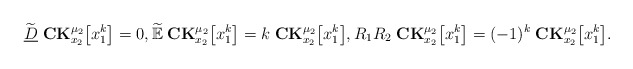
\begin{align*} \widetilde{\underline{D}}\;\mathbf{CK}_{x_2}^{\mu_2}\big[x_1^{k}\big]=0,\widetilde{\mathbb{E}}\;\mathbf{CK}_{x_2}^{\mu_2}\big[x_1^{k}\big]=k \;\mathbf{CK}_{x_2}^{\mu_2}\big[x_1^{k}\big],R_1R_2 \;\mathbf{CK}_{x_2}^{\mu_2}\big[x_1^{k}\big]=(-1)^{k}\;\mathbf{CK}_{x_2}^{\mu_2}\big[x_1^{k}\big].\end{align*}